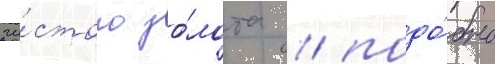
чи́стого зо́лота / подо́бно